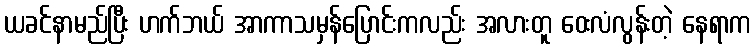
ယခင်နာမည်ပြီး ဟက်ဘယ် အာကာသမှန်ပြောင်းကလည်း အလားတူ ဝေးလံလွန်းတဲ့ နေရာက